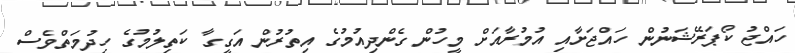
ހައްޖު ކޯޕަރޭޝަނުން ހައްޖަށާއި އުމުރާއަށް މީހުން ގެންދިއުމުގެ އިތުރުން އަގީގާ ކަތިލުމުގެ ހިދުމަތްވެސް